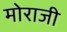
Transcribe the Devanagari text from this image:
मोराजी